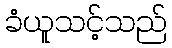
ခံယူသင့်သည်